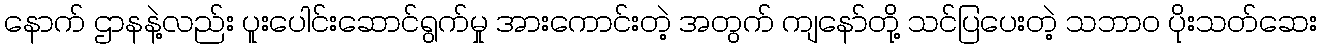
နောက် ဌာနနဲ့လည်း ပူးပေါင်းဆောင်ရွက်မှု အားကောင်းတဲ့ အတွက် ကျနော်တို့ သင်ပြပေးတဲ့ သဘာ၀ ပိုးသတ်ဆေး